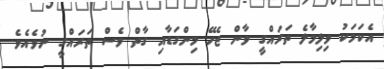
އެކަމަކު ވިލިމާލެ ތަރައްގީ ވާން ޖެހޭ މިންގަޑާއި ގާތް ވެސް ތަރައްގީ ނުވެއެވެ.